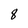
Character: 8